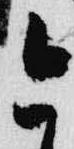
今